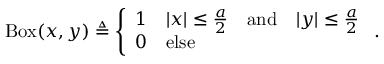
\operatorname { B o x } ( x , y ) \triangleq \left\{ \begin{array} { l l } { 1 } & { | x | \leq \frac { a } { 2 } \quad \mathrm { a n d } \quad | y | \leq \frac { a } { 2 } } \\ { 0 } & { \mathrm { e l s e } } \end{array} \right. .